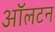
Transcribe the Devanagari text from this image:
ऑलटन